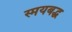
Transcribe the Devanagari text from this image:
स्मयबद्ध